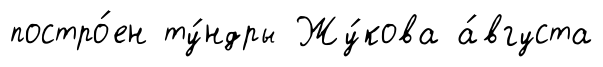
постро́ен ту́ндры Жу́кова а́вгуста